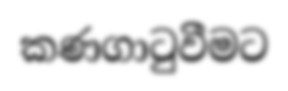
කණගාටුවීමට